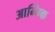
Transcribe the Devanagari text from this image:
आन्चिक